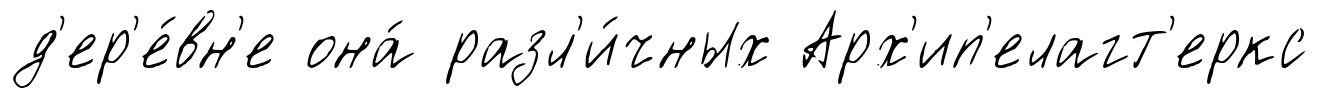
д'ер'е́вн'е она́ разл'и́чных Арх'ип'елагт'еркс